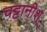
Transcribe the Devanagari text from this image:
चट्टानीश्